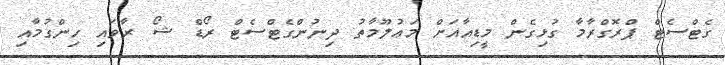
ގެޓްސެޓް ޕްރޮގްރާމާ ގުޅިގެން މީޑިއާއަށް މަޢުލޫމާތު ދިނުންގެޓްސެޓް ރޯޑް ޝޯ ރާވައި ހިންގުމާއި